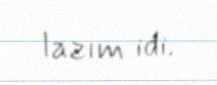
lazım idi.